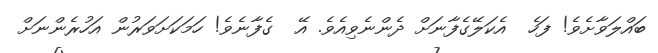
ބައްލަވާށެވެ! ފަހެ  އެކަލޭގެފާނަށް ދެންނެވިއެވެ. އޭ  ގެފާނެވެ! ހަމަކަށަވަރުން އަހުރެންނަށް